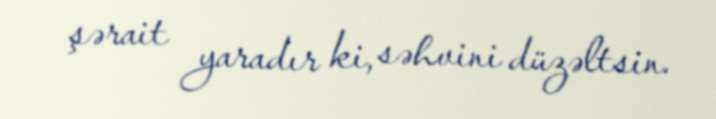
şərait yaradır ki, səhvini düzəltsin.